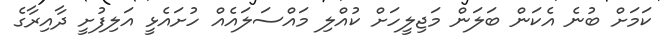
ކަމަށް ބުނެ އެކަން ބަލަން މަޖިލީހަށް ކުއްލި މައްސަލައެއް ހުށައެޅީ އަލިފުށީ ދާއިރާގެ